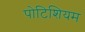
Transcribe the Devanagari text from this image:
पोटिशियम